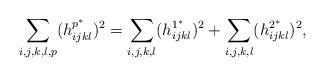
LaTeX: \begin{align*}\sum_{i,j,k,l,p}(h_{ijkl}^{p^{\ast}})^{2}=\sum_{i,j,k,l}(h_{ijkl}^{1^{\ast}})^{2}+\sum_{i,j,k,l}(h_{ijkl}^{2^{\ast}})^{2},\end{align*}